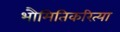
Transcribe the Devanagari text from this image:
भौमितिकरित्या